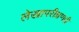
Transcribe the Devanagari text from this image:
लेखापरीक्षणही